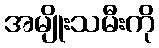
အမျိုးသမီးကို